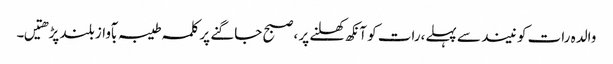
والدہ رات کو نیند سے پہلے،رات کو آنکھ کھلنے پر ،صبح جاگنے پر کلمہ طیبہ بآواز بلند پڑھتیں۔